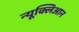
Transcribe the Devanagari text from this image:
न्यूक्लिआन